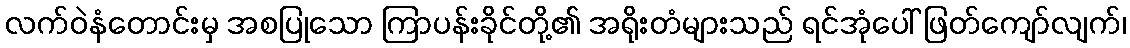
လက်ဝဲနံတောင်းမှ အစပြုသော ကြာပန်းခိုင်တို့၏ အရိုးတံများသည် ရင်အုံပေါ် ဖြတ်ကျော်လျက်၊